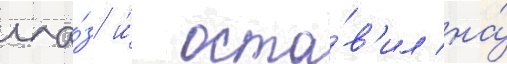
гла́з и́ оста́в'ил на́